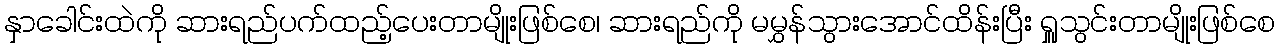
နှာခေါင်းထဲကို ဆားရည်ပက်ထည့်ပေးတာမျိုးဖြစ်စေ၊ ဆားရည်ကို မမွှန်သွားအောင်ထိန်းပြီး ရှူသွင်းတာမျိုးဖြစ်စေ